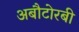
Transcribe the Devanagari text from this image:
अबौटोरबी